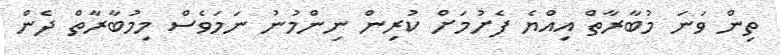
ތިން ވަނަ މުބާރާތް އިއްޔެ ފެށުމަށް ކުރިން ނިންމުނު ނަމަވެސް މިމުބާރާތް ދެން